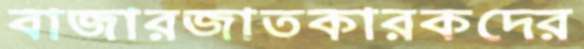
বাজারজাতকারকদের